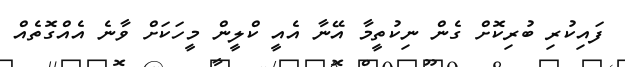
ފައިކުރި ބުރިކޮށް ގެން ނިކުތީމާ އޭނާ އެއީ ކްލީން މީހަކަށް ވާނެ އެއްގޮތެއް